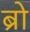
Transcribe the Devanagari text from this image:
ब्राे